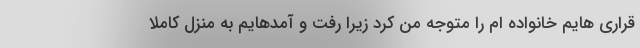
قراری هایم خانواده ام را متوجه من کرد زیرا رفت و آمدهایم به منزل کاملا